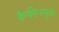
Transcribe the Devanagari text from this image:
कैफीनमुक्त